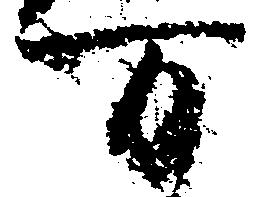
万